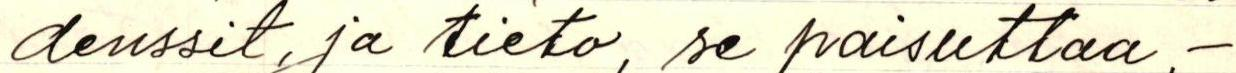
denssit ja tieto, se paisuttaa,-